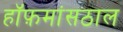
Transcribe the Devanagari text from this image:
हॉफ़मांसठाल